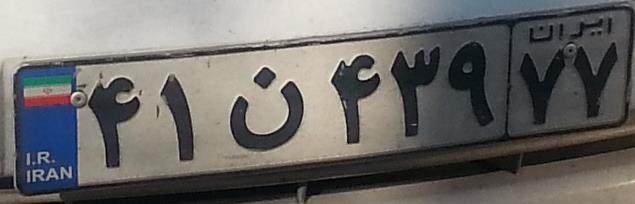
۴۱ن۴۳۹۷۷